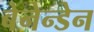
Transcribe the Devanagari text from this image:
बेनेन्डेन